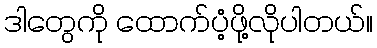
ဒါတွေကို ထောက်ပံ့ဖို့လိုပါတယ်။